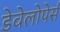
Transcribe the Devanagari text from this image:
डेवेलोपेर्स